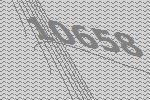
10658